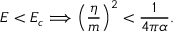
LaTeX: E < E _ { c } \Longrightarrow \left( \frac \eta m \right) ^ { 2 } < \frac 1 { 4 \pi \alpha } .